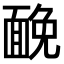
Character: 𩈦